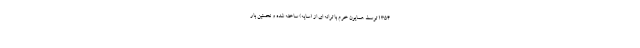
1354 توسط همایون خرم با ترانه ای از (سایه) ساخته شده و نخستین بار